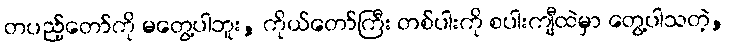
တပည့်တော်ကို မတွေ့ပါဘူး, ကိုယ်တော်ကြီး တစ်ပါးကို စပါးကျီထဲမှာ တွေ့ပါသတဲ့,